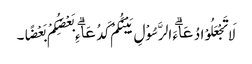
لَا تَجْعَلُوْا دُعَاۗءَ الرَّسُوْلِ بَیْنَکُمْ کَدُعَاۗءِ بَعْضِکُمْ بَعْضًا۔